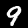
Digit: 9